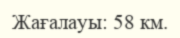
Жағалауы: 58 км.